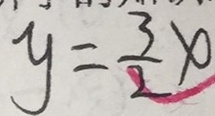
y = \frac { 3 } { 2 } x